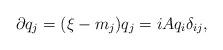
LaTeX: \begin{align*}\partial q_j = (\xi - m_j) q_j = i A q_i \delta_{ij}, \end{align*}